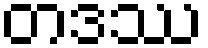
တဒဿ